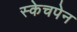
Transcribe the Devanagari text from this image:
स्केचपेन